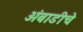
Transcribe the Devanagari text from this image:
अंबाडीचे